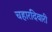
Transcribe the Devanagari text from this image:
चहारदिवारी